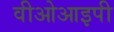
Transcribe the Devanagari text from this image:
वीओआइपी